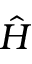
\hat { H }